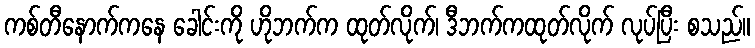
ကစ်တီနောက်ကနေ ခေါင်းကို ဟိုဘက်က ထုတ်လိုက်၊ ဒီဘက်ကထုတ်လိုက် လုပ်ပြီး စသည်။